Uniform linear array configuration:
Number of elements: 64
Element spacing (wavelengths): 0.75
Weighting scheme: hamming
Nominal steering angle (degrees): -45
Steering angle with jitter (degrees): -45.074
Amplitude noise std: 0.05
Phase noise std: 0.05

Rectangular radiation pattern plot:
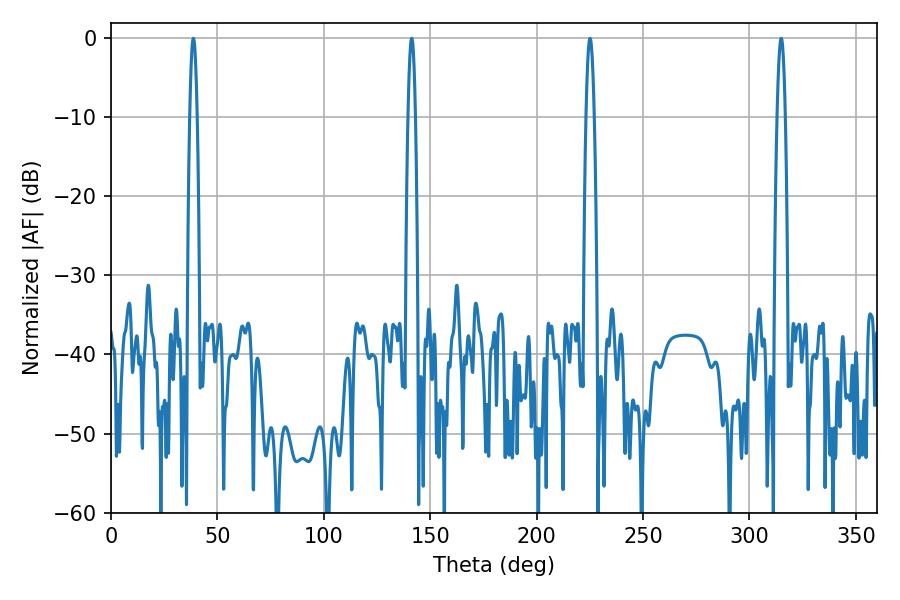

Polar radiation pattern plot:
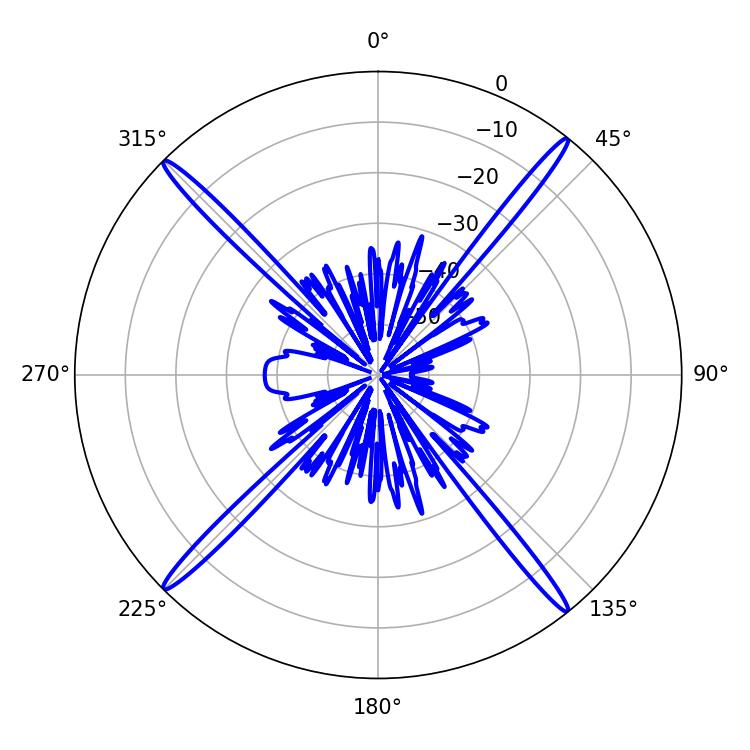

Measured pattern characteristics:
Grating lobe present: TRUE
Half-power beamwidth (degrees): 1.8
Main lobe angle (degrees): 38.7